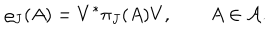
\varrho _ { J } ( A ) = V ^ { * } \pi _ { J } ( A ) V , \qquad A \in { \cal A } .